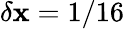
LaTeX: \delta\mathbf{x}=1/16